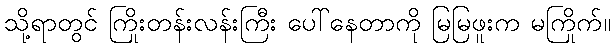
သို့ရာတွင် ကြိုးတန်းလန်းကြီး ပေါ်နေတာကို မြမြဖူးက မကြိုက်။